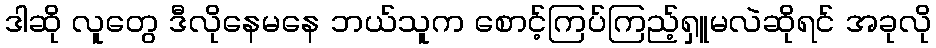
ဒါဆို လူတွေ ဒီလိုနေမနေ ဘယ်သူက စောင့်ကြပ်ကြည့်ရှူမလဲဆိုရင် အခုလို